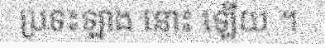
ប្រទះឡាង នោះ ឡើយ ។